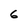
Character: G